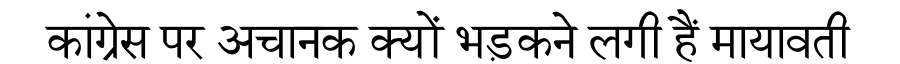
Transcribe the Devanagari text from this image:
कांग्रेस पर अचानक क्यों भड़कने लगी हैं मायावती